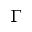
\Gamma